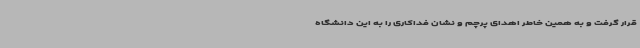
قرار گرفت و به همین خاطر اهدای پرچم و نشان فداکاری را به این دانشگاه